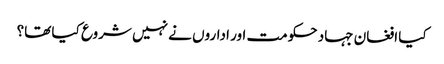
کیا افغان جہاد حکومت اور اداروں نے نہیں شروع کیا تھا؟